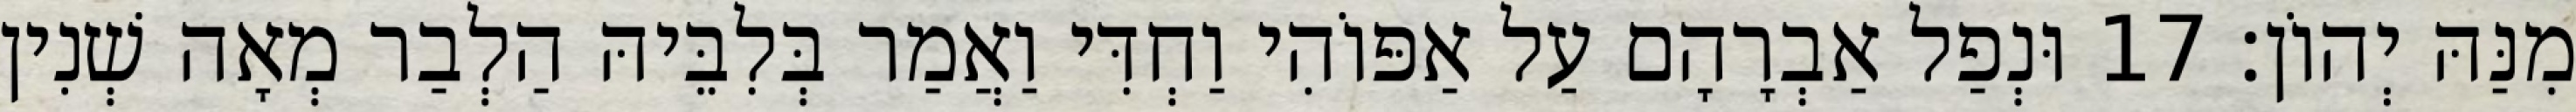
מִנַּהּ יְהוֹן׃ 17 וּנְפַל אַבְרָהָם עַל אַפּוֹהִי וַחְדִּי וַאֲמַר בְּלִבֵּיהּ הַלְבַר מְאָה שְׁנִין